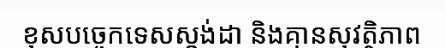
ខុសបច្ចេកទេសស្តង់ដា និងគ្មានសុវត្ថិភាព